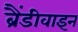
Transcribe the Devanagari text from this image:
ब्रैंडीवाइन